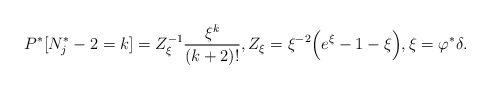
\begin{align*} P^*[N^*_j-2 = k ]= Z_\xi^{-1} \frac{\xi^k}{(k+2)!},Z_\xi = \xi^{-2} \Big(e^\xi - 1 -\xi\Big), \xi = \varphi^*\delta . \end{align*}